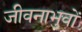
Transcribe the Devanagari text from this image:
जीवनाभुवों